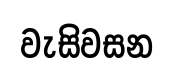
වැසිවසන